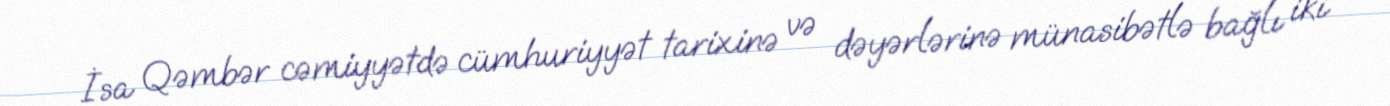
İsa Qəmbər cəmiyyətdə cümhuriyyət tarixinə və dəyərlərinə münasibətlə bağlı iki